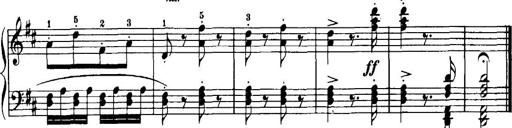
Title: 7 Sonatinas
Composer: Anton Diabelli